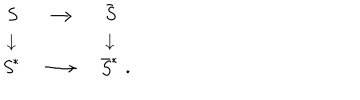
LaTeX: \begin{array} { c c c } { { \it S } } \\ { { \downarrow } } \\ { { { \it S } ^ { * } } } \\ \end{array} \begin{array} { c c c } { { } } & { { \longrightarrow } } & { { } } \\ { { } } & { { } } & { { } } \\ { { } } & { { \longrightarrow } } & { { } } \\ \end{array} \begin{array} { c c c } { { { \bar { \it S } } } } \\ { { \downarrow } } \\ { { { \bar { \it S } } ^ { * } } } \\ \end{array} \begin{array} { c c c } { { } } & { { } } & { { } } \\ { { } } & { { } } & { { } } \\ { { . } } \\ \end{array}